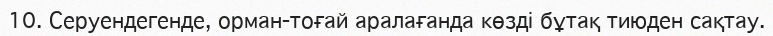
10.	Серуендегенде, орман-тоғай аралағанда көзді бұтақ тиюден сақтау.